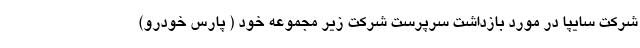
شرکت سایپا در مورد بازداشت سرپرست شرکت زیر مجموعه خود ( پارس خودرو)